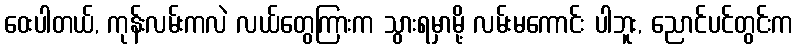
ဝေးပါတယ်, ကုန်းလမ်းကလဲ လယ်တွေကြားက သွားရမှာမို့ လမ်းမကောင်း ပါဘူး, ညောင်ပင်တွင်းက